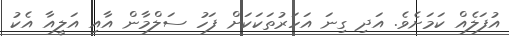
އުފަލެއް ކަމަށެވެ. އަދި ގިނަ އަހަރުތަކަކަށް ފަހު ސަލްމާން އާއި އަލީއާ އެކު